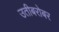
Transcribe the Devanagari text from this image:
उतीबरोबर